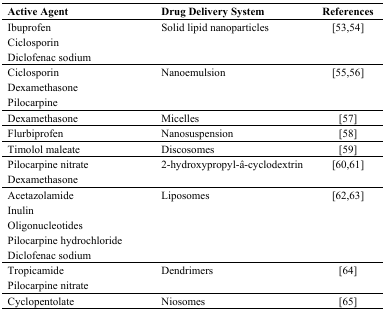
<table><thead><tr><td><b>Active Agent</b></td><td><b>Drug Delivery System</b></td><td><b>References</b></td></tr></thead><tbody><tr><td>IbuprofenCiclosporinDiclofenac sodium</td><td>Solid lipid nanoparticles</td><td>[53,54]</td></tr><tr><td>CiclosporinDexamethasonePilocarpine</td><td>Nanoemulsion</td><td>[55,56]</td></tr><tr><td>Dexamethasone</td><td>Micelles</td><td>[57]</td></tr><tr><td>Flurbiprofen</td><td>Nanosuspension</td><td>[58]</td></tr><tr><td>Timolol maleate</td><td>Discosomes</td><td>[59]</td></tr><tr><td>Pilocarpine nitrateDexamethasone</td><td>2-hydroxypropyl-â-cyclodextrin</td><td>[60,61]</td></tr><tr><td>AcetazolamideInulinOligonucleotidesPilocarpine hydrochlorideDiclofenac sodium</td><td>Liposomes</td><td>[62,63]</td></tr><tr><td>TropicamidePilocarpine nitrate</td><td>Dendrimers</td><td>[64]</td></tr><tr><td>Cyclopentolate</td><td>Niosomes</td><td>[65]</td></tr></tbody></table>